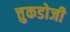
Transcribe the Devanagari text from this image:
त्तुकडोजी